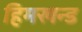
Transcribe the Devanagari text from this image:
हिमखन्ड